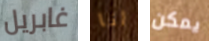
غابريل انا يمكن